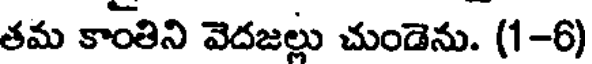
తమ కాంతిని వెదజల్లు చుండెను. (1-6)